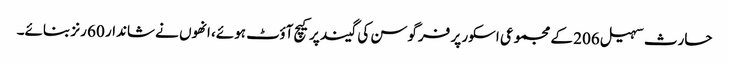
حارث سہیل 206 کے مجموعی اسکور پر فرگوسن کی گیند پر کیچ آؤٹ ہوئے، انھوں نے شاندار 60 رنز بنائے۔